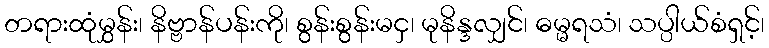
တရားထုံမွှန်း၊ နိဗ္ဗာန်ပန်းကို၊ စွန်းစွန်းမငှ၊ မုနိန္ဒလျှင်၊ ဓမ္မရသံ၊ သပ္ပါယ်စံရှင့်၊